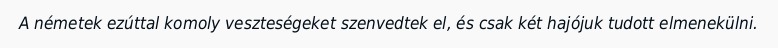
A németek ezúttal komoly veszteségeket szenvedtek el, és csak két hajójuk tudott elmenekülni.